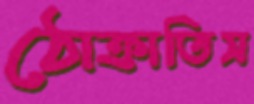
ঠোক্‌রাতিস